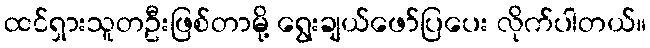
ထင်ရှားသူတဦးဖြစ်တာမို့ ရွေးချယ်ဖော်ပြပေး လိုက်ပါတယ်။